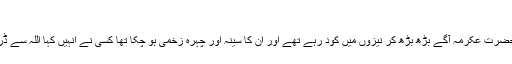
( ابن عساکر)
زہری کی روایت میں ہے کہ اس لڑائی میں حضرت عکرمہ آگے بڑھ بڑھ کر نیزوں میں کود رہے تھے اور ان کا سینہ اور چہرہ زخمی ہو چکا تھا کسی نے انہیں کہا اللہ سے ڈریئے اور اپنے ساتھ نرمی کا معاملہ کیجئے ۔